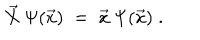
\vec { X } \: \Psi ( \vec { x } ) \; = \; \vec { x } \: \Psi ( \vec { x } ) \; .